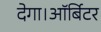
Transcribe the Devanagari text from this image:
देगा।ऑर्बिटर